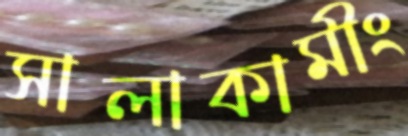
সালাকামীং